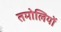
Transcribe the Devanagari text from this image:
तमोलियों